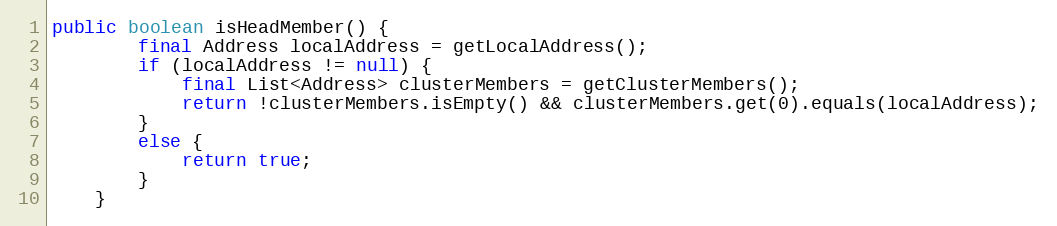
Language: Java
public boolean isHeadMember() {
		final Address localAddress = getLocalAddress();
		if (localAddress != null) {
			final List<Address> clusterMembers = getClusterMembers();
			return !clusterMembers.isEmpty() && clusterMembers.get(0).equals(localAddress);
		}
		else {
			return true;
		}
	}